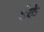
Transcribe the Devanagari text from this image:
शेके